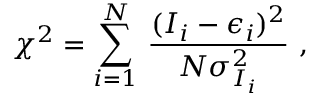
\chi ^ { 2 } = \sum _ { i = 1 } ^ { N } \, \frac { ( I _ { i } - \epsilon _ { i } ) ^ { 2 } } { N \sigma _ { I _ { i } } ^ { 2 } } \ ,